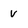
Character: v